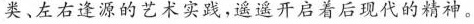
类、左右逢源的艺术实践，遥遥开启着后现代的精神。